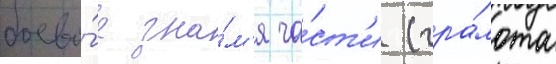
боево́е зна́м'я ча́ст'и (гра́мота